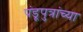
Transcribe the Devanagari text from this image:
पंडूपुत्रांच्या